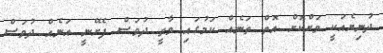
ދުނިޔެއަކީ ވަށްކޮށް އޮތް ތަނެއް ކަމުގައި ވާތީ ދުވަސް ފެށޭނީ އަނެއް ދުވަސް